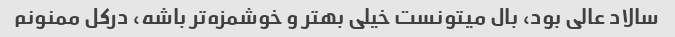
سالاد عالی بود، بال میتونست خیلی بهتر و خوشمزه‌تر باشه، درکل ممنونم